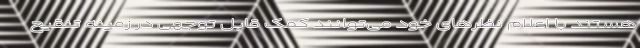
هستند با اعلام نظرهای خود می‌توانند کمک قابل توجهی در زمینه تنقیح